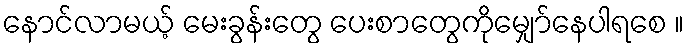
နောင်လာမယ့် မေးခွန်းတွေ ပေးစာတွေကိုမျှော်နေပါရစေ ။